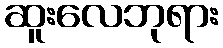
ဆူးလေဘုရား